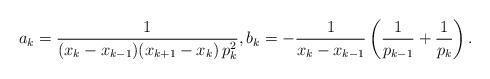
LaTeX: \begin{align*}a_k=\frac{1}{(x_k-x_{k-1})(x_{k+1}-x_k)\,p_k^2}, b_k=-\frac{1}{x_k-x_{k-1}}\left(\frac{1}{p_{k-1}}+\frac{1}{p_k}\right).\end{align*}